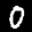
Label: 0